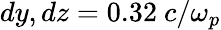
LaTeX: dy,dz=0.32~c/\omega_{p}